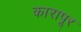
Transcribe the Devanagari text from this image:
कारापूर